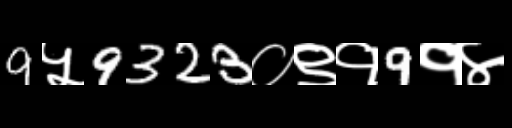
Text: 9५9323०९१9१४